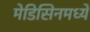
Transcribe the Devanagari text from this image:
मेडिसिनमध्ये